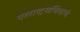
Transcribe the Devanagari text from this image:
परराष्ट्रसचिवाचे